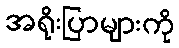
အရိုးပြာများကို